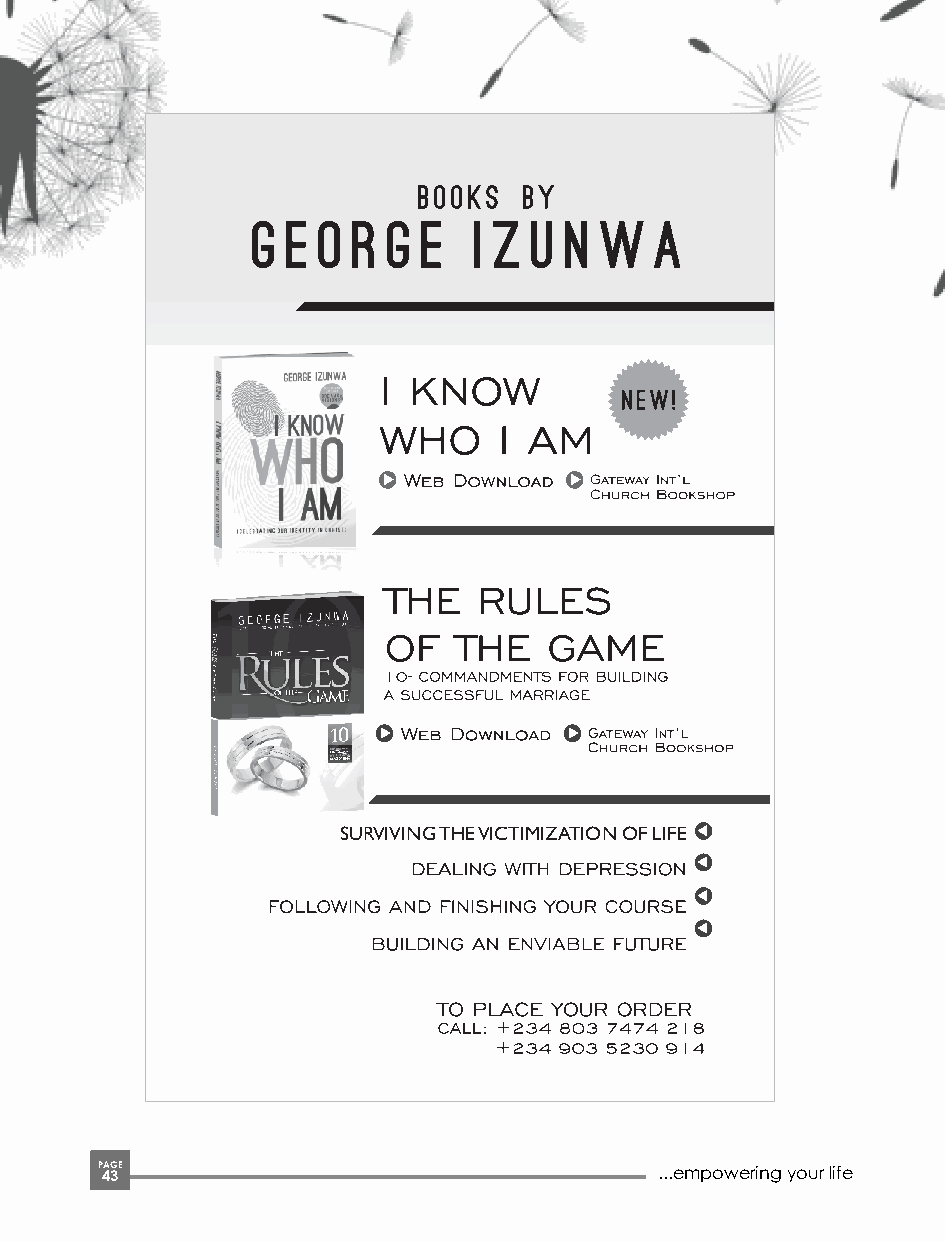
SURVIVING THE VICTIMIZATION OF LIFE
 P 4AG 3E                              ...empowering your life